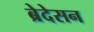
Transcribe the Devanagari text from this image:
ब्रेदेसन